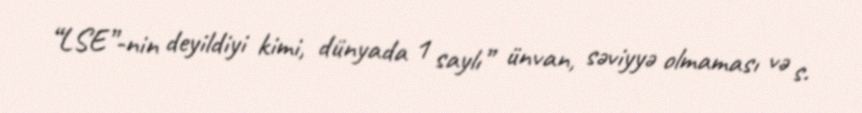
“LSE”-nin deyildiyi kimi, dünyada 1 saylı” ünvan, səviyyə olmaması və s.